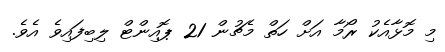
މި މޮޅާއެކު ރޯމާ އަށް ހަތް މެޗުން 21 ޕޮއިންޓް ލިބިފައިވެ އެވެ.